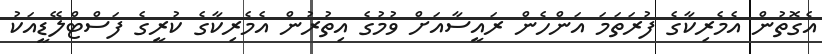
އެގޮތުން އެމެރިކާގެ ފުރަތަމަ އަންހެން ރައީސާއަށް ވުމުގެ އިތުރުން އެމެރިކާގެ ކުރީގެ ފަސްޓްލޭޑީއަކު